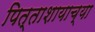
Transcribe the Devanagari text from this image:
पित्ताशायाच्या